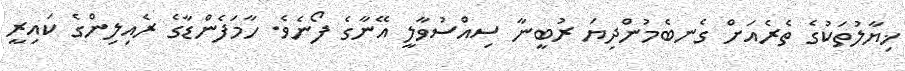
ޚިޔާލުތަކުގެ ތެރެއަށް ގެނބެމުންދިޔަ ރުބީނާ ސިއްސުވާލީ އޭނާގެ ފޯނެވެ. ހާމަފެންޑާގެ ރެއިލިންގެ ކައިރީ